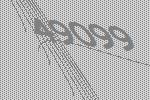
49099